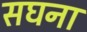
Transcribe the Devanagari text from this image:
सघना